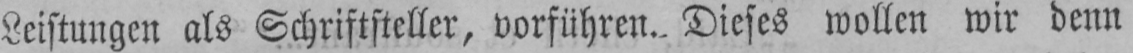
Leistungen als Schriftsteller, vorführen. Dieses wollen wir denn